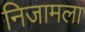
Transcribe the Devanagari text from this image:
निजामला